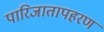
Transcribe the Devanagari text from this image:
पारिजातापहरण